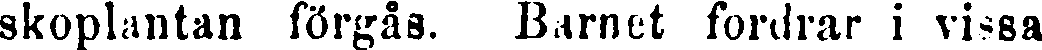
skoplantan förgås. Barnet fordrar i vissa